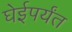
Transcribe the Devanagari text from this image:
घेईपर्यंत